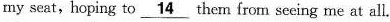
my sent,hoping to \underline{14} them from sceing me at all.